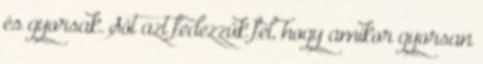
és gyorsak. Sőt azt fedezzük fel, hogy amikor gyorsan